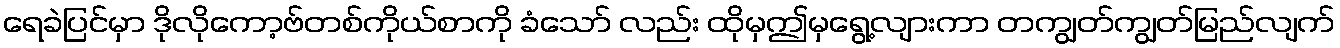
ရေခဲပြင်မှာ ဒိုလိုကော့ဗ်တစ်ကိုယ်စာကို ခံသော် လည်း ထိုမှဤမှရွေ့လျားကာ တကျွတ်ကျွတ်မြည်လျက်